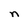
Character: n